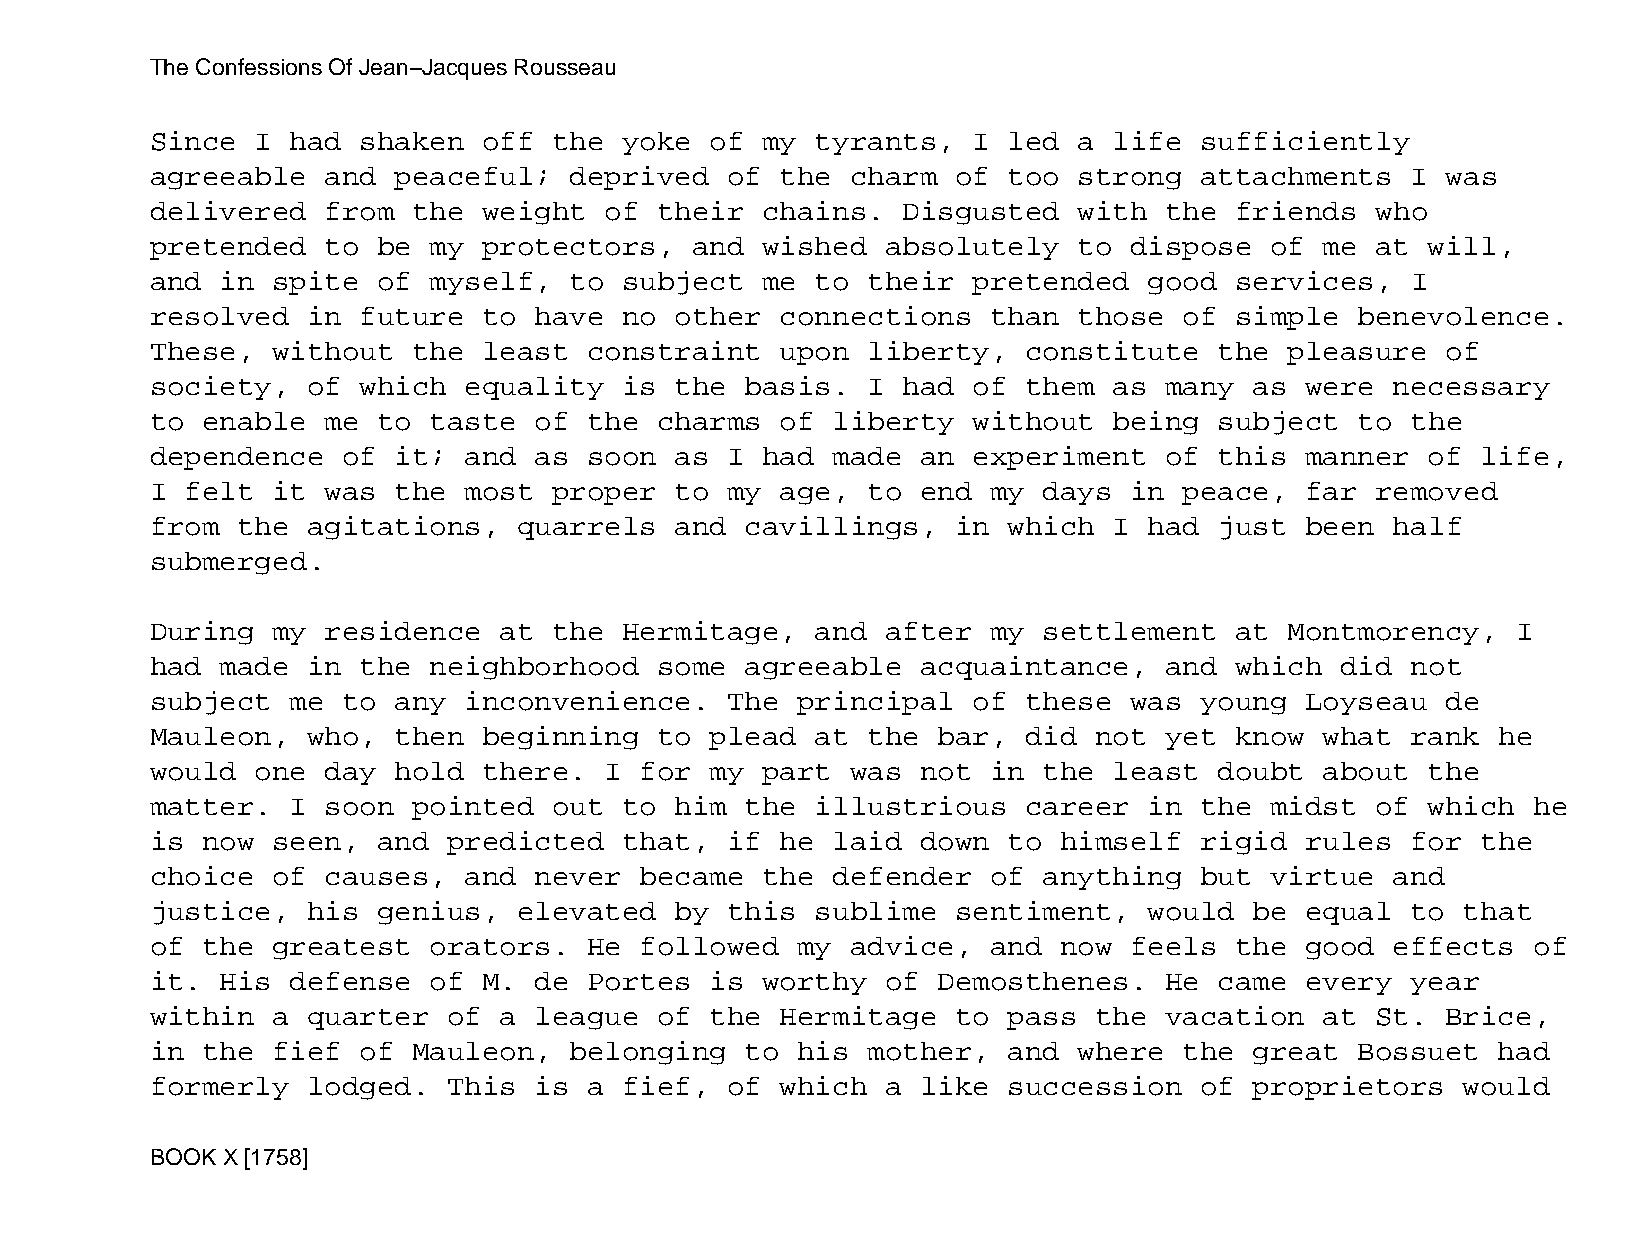
The Confessions Of Jean−Jacques Rousseau
 Since  I had  shaken  off  the yoke  of my  tyrants,  I  led a  life sufficiently
 agreeable   and peaceful;   deprived  of  the charm  of  too strong  attachments   I  was
 delivered   from the  weight  of  their chains.   Disgusted  with  the  friends  who
 pretended   to be my  protectors,   and wished   absolutely  to  dispose  of  me at  will,
 and  in spite  of myself,   to subject  me  to their  pretended   good  services,  I
 resolved  in  future  to have  no  other  connections   than those  of  simple  benevolence.
 These,  without  the  least  constraint   upon liberty,   constitute   the pleasure   of
 society,  of  which  equality  is  the basis.  I  had of  them  as many  as were  necessary
 to enable   me to taste  of  the  charms  of liberty  without   being  subject  to the
 dependence   of it;  and as  soon  as I had  made  an experiment   of  this manner   of life,
 I felt  it  was the  most  proper  to my  age, to  end  my days  in peace,  far  removed
 from  the agitations,   quarrels   and cavillings,   in  which  I had  just been  half
 submerged.
 During  my  residence  at  the Hermitage,   and  after  my settlement   at Montmorency,   I
 had  made in  the neighborhood    some agreeable   acquaintance,   and  which  did not
 subject  me  to any  inconvenience.   The  principal  of  these  was young  Loyseau   de
 Mauleon,  who,  then  beginning   to plead  at the  bar,  did not  yet  know  what rank  he
 would  one  day hold  there.  I for  my part  was  not  in the  least  doubt  about  the
 matter.  I  soon pointed   out to  him the  illustrious   career  in the  midst  of  which he
 is now  seen,  and  predicted  that,  if  he laid  down  to himself  rigid  rules  for  the
 choice  of  causes,  and never  became  the  defender   of anything  but  virtue  and
 justice,  his  genius,  elevated   by this  sublime  sentiment,   would  be equal  to  that
 of the  greatest  orators.   He followed   my advice,   and now  feels  the good  effects  of
 it.  His defense  of  M. de  Portes  is worthy   of Demosthenes.   He  came every  year
 within  a quarter   of a league   of the  Hermitage  to  pass the  vacation   at St.  Brice,
 in the  fief  of Mauleon,   belonging  to  his mother,   and where  the  great  Bossuet  had
 formerly  lodged.   This is  a fief,  of  which  a like  succession  of  proprietors   would
 BOOK X [1758]